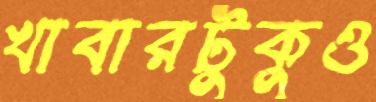
খাবারটুকুও